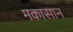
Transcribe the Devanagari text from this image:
मकासान